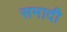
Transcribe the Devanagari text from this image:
समादी